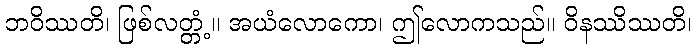
ဘဝိဿတိ၊ ဖြစ်လတ္တံ့။ အယံလောကော၊ ဤလောကသည်။ ဝိနဿိဿတိ၊